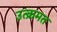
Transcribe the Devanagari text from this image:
उत्क्रमत